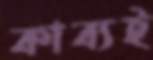
কাব্যই